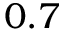
0 . 7